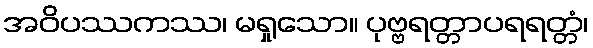
အဝိပဿကဿ၊ မရှုသော။ ပုဗ္ဗရတ္တာပရရတ္တံ၊